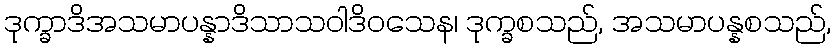
ဒုက္ခာဒိအသမာပန္နာဒိသာသဝါဒိဝသေန၊ ဒုက္ခစသည်, အသမာပန္နစသည်,